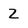
Character: 2